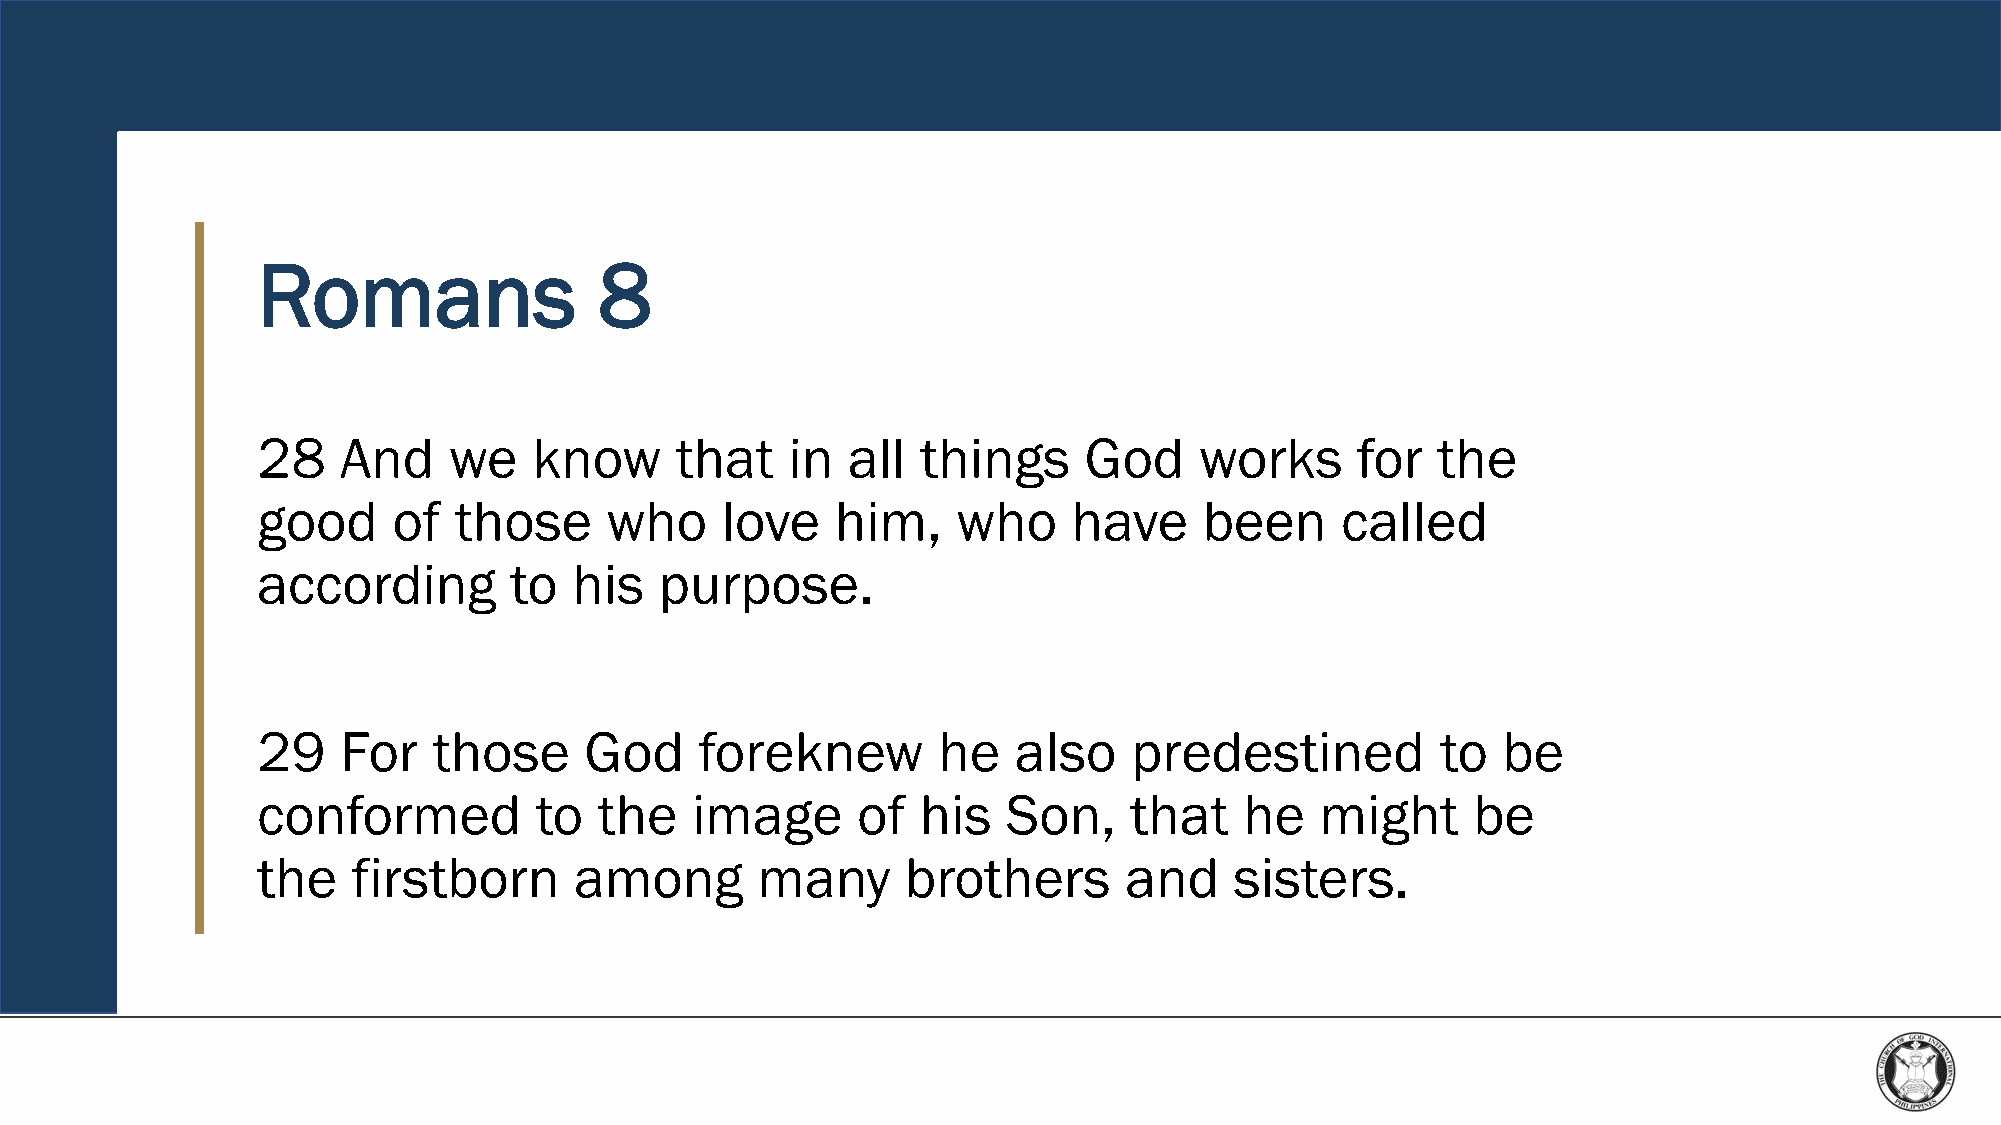
Romans                 8
 28    And    we   know      that   in  all  things     God    works      for  the
 good     of  those     who     love   him,    who     have     been     called
 according        to  his   purpose.
 29    For   those     God    foreknew        he   also    predestined         to  be
 conformed         to   the   image      of  his   Son,    that   he   might     be
 the   firstborn      among       many      brothers      and     sisters.